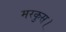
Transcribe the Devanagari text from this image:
मरकुस।